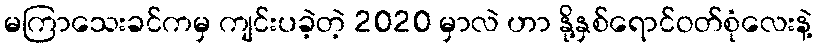
မကြာသေးခင်ကမှ ကျင်းပခဲ့တဲ့ 2020 မှာလဲ ဟာ နို့နှစ်ရောင်ဝတ်စုံလေးနဲ့